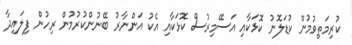
ކުރިމަތިވުމުން ކުޑަލޮނު ކޮޅަކާއި އަސޭމިރުސް ކޮޅަކާއި އެކު އަންނާރު ބޭނުންކުރުމުން ރިހުން ފިލައިދާ